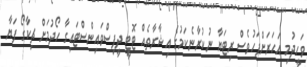
ވަހީދުމި އަހަރަށްފަހުވެސް ރިޓަޔާ ނުކުރާނެކަމުގެ އިޝާރާތެއް ޓޮޓީ ދީފިސްވައިންސްޓައިގާ ހޯދުމަށް ޗިކާގޯ ފަޔާ